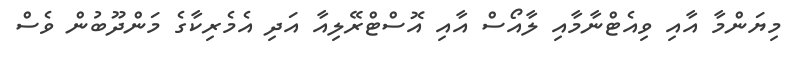
މިޔަންމާ އާއި ވިއެޓްނާމާއި ލާއޯސް އާއި އޮސްޓްރޭލިއާ އަދި އެމެރިކާގެ މަންދޫބުން ވެސް